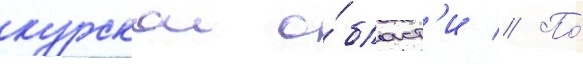
курскои о́бласт'и // По́